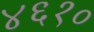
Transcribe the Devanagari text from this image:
४६१०